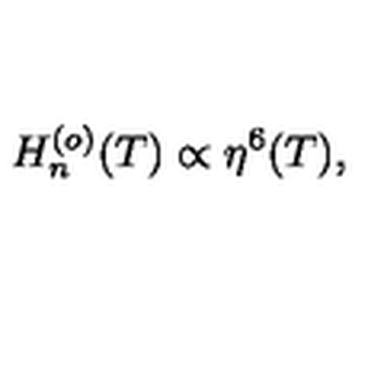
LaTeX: H _ { n } ^ { ( o ) } ( T ) \propto \eta ^ { 6 } ( T ) ,